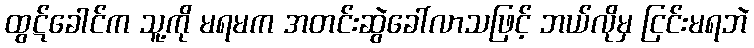
ထွဋ်ခေါင်က သူ့ကို မရမက အတင်းဆွဲခေါ်လာသဖြင့် ဘယ်လိုမှ ငြင်းမရဘဲ